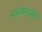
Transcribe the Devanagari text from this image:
समजेनासेच